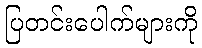
ပြတင်းပေါက်များကို